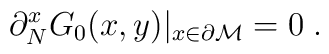
\partial_N^xG_0(x,y)|_{x\in {\partial {\cal M}}}=0\; .